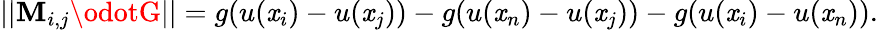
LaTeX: ||\mathbf{M}_{i,j}\odotG||=g(u(\mathit{x}_{i})-u(\mathit{x}_{j}))-g(u(\mathit{x}_{n})-u(\mathit{x}_{j}))-g(u(\mathit{x}_{i})-u(\mathit{x}_{n})).